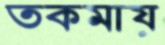
তকমায়